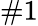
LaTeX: \# 1